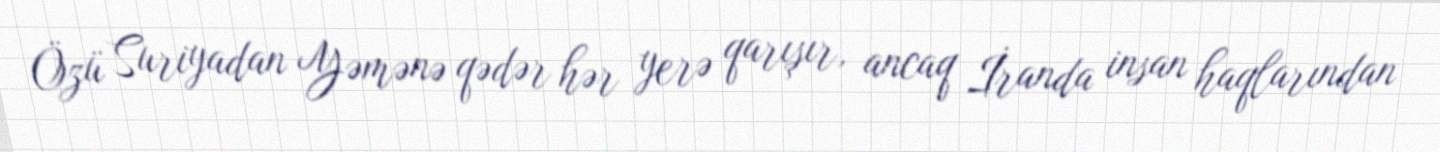
Özü Suriyadan Yəmənə qədər hər yerə qarışır, ancaq İranda insan haqlarından